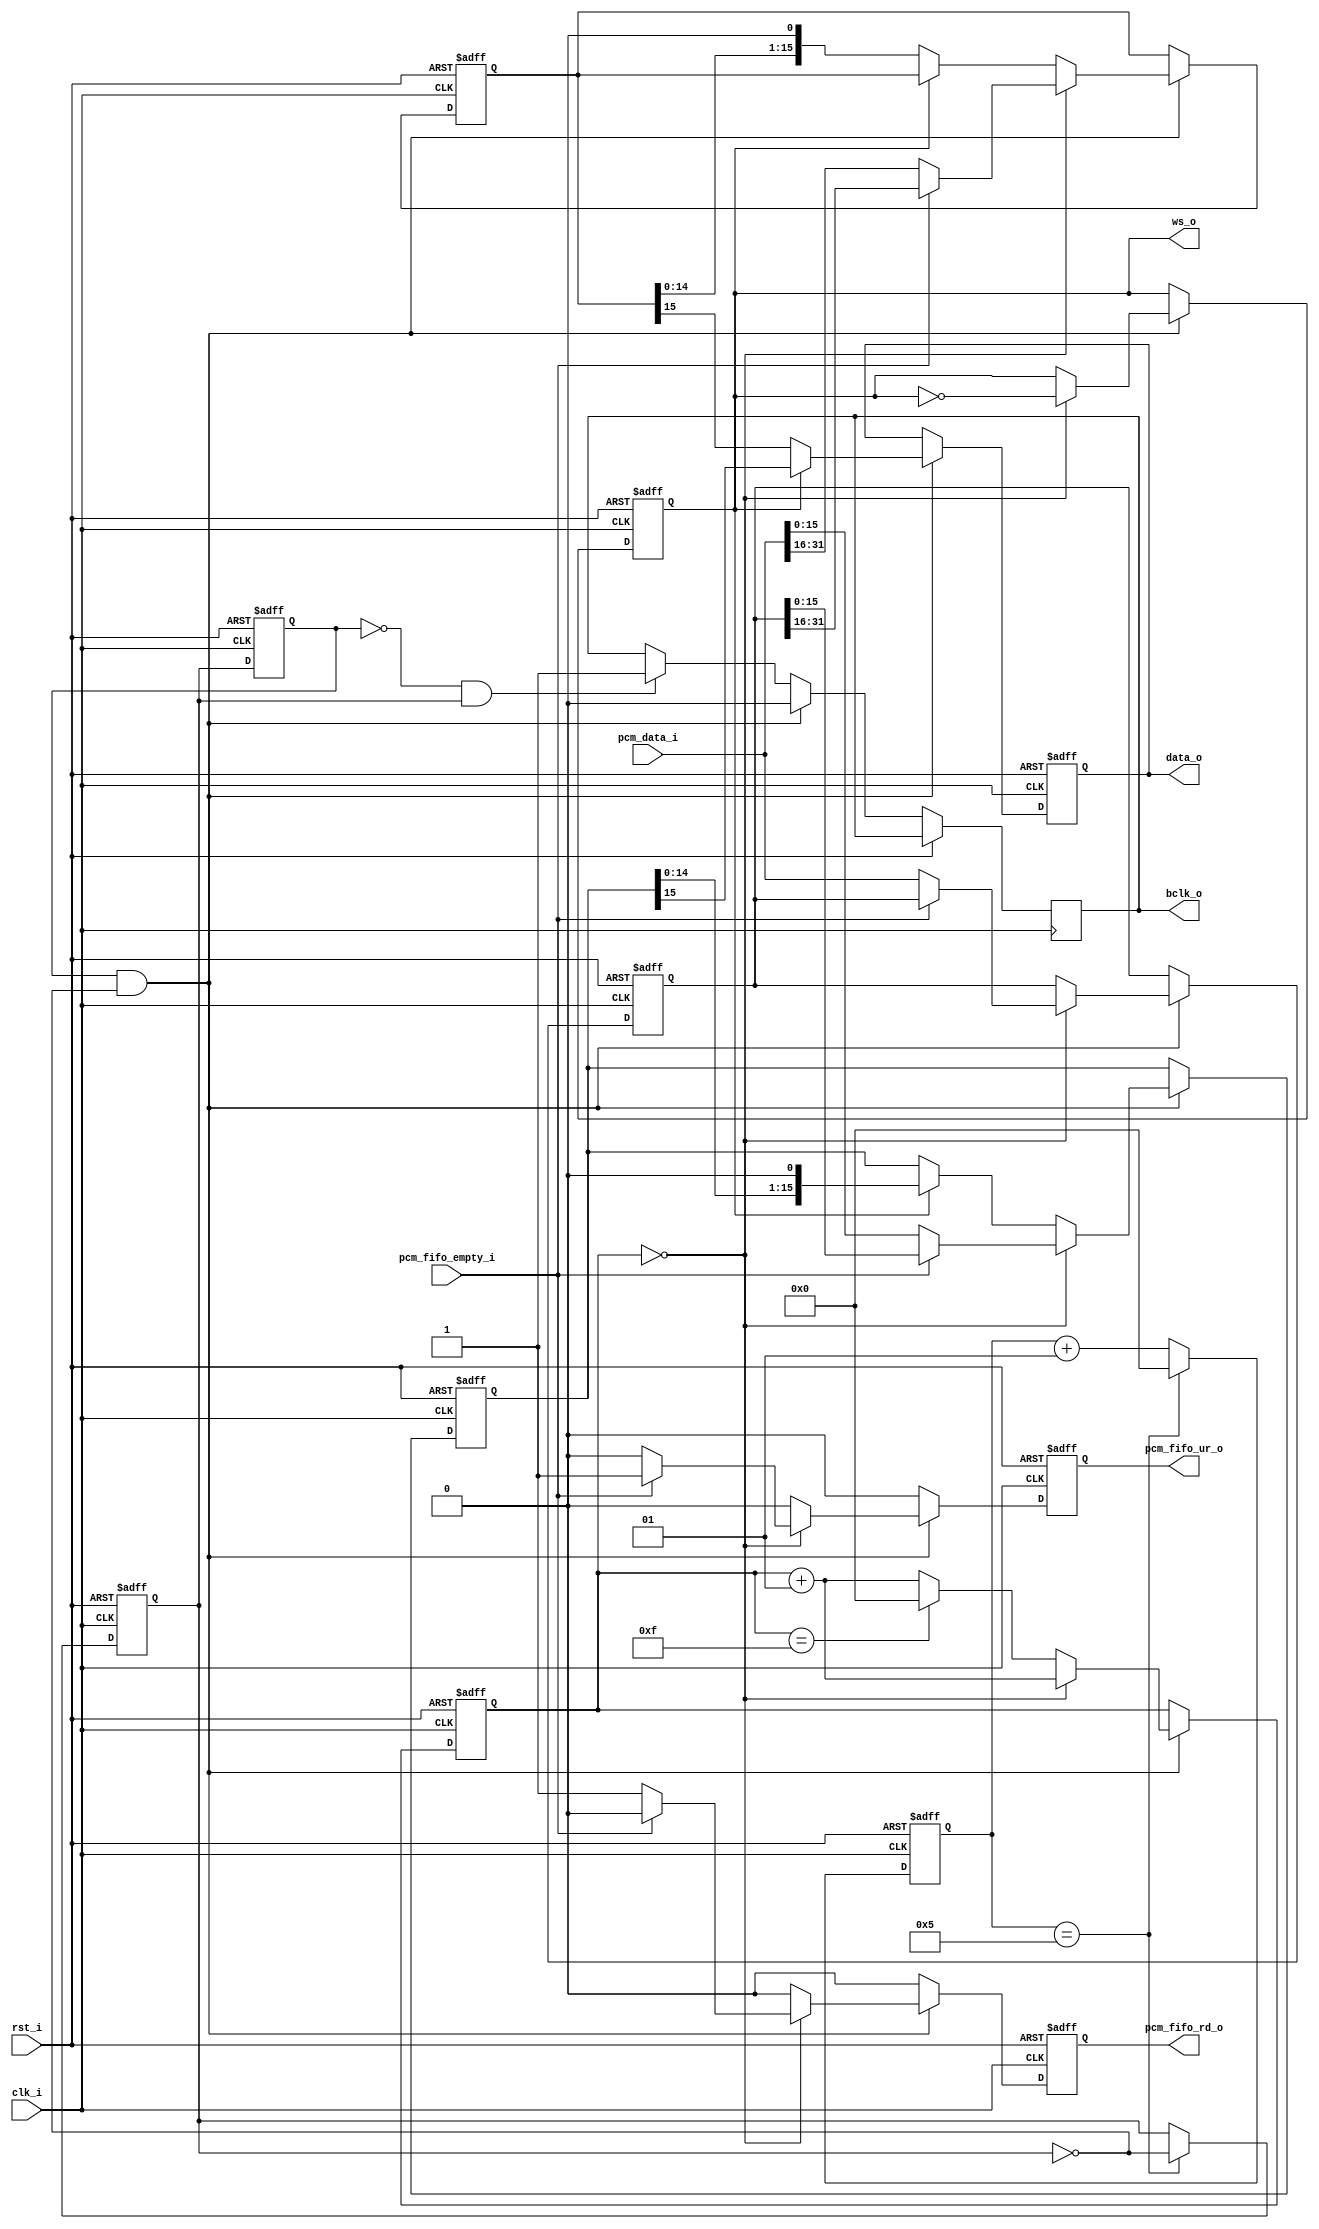
module i2s
(
    // Clock & Reset
    clk_i,
    rst_i,
    // PCM Data In (2x16-bit BE signed data)
    pcm_data_i,
    pcm_fifo_empty_i,
    pcm_fifo_rd_o,
    pcm_fifo_ur_o,
    // I2S DAC Interface
    bclk_o,
    ws_o,
    data_o
);

//-----------------------------------------------------------------
// Params
//-----------------------------------------------------------------
parameter       CLK_DIVISOR = 6;

//-----------------------------------------------------------------
// I/O
//-----------------------------------------------------------------   
input           clk_i /*verilator public*/;
input           rst_i /*verilator public*/;
input[31:0]     pcm_data_i /*verilator public*/;
input           pcm_fifo_empty_i /*verilator public*/;
output          pcm_fifo_rd_o /*verilator public*/;
output          pcm_fifo_ur_o /*verilator public*/;
output          bclk_o /*verilator public*/;
output          ws_o /*verilator public*/;
output          data_o /*verilator public*/;

//-----------------------------------------------------------------
// Registers
//-----------------------------------------------------------------

// Data clock (generated)
reg             audio_clock;
// Input clock divider (to generate audio_clock)
integer         audio_clock_div;
// Input clock divider (to generate audio_clock)
integer         bit_count;
// Word select
reg             word_sel;

// Registered audio input data
reg [15:0]      input_reg0;
reg [15:0]      input_reg1;

// Last sample
reg [31:0]      pcm_data_last;
reg             prev_audio_clock;

reg             pcm_fifo_rd_o;
reg             pcm_fifo_ur_o;
reg             bclk_o;
reg             data_o;

//-----------------------------------------------------------------
// Bit Clock Generator
//-----------------------------------------------------------------
always @(posedge clk_i or posedge rst_i) 
begin
    if (rst_i == 1'b1) 
    begin
        audio_clock_div <= 0;
        audio_clock     <= 1'b0;
    end 
    else 
    begin
        // Clock divider cycle_count matched?
        if (audio_clock_div == (CLK_DIVISOR - 1))
        begin
            // Toggle clock
            audio_clock     <= ~audio_clock;
            // Reset counter
            audio_clock_div <= 0;
        end
        // Increment clock divider counter
        else 
            audio_clock_div <= audio_clock_div + 1;
    end
end

//-----------------------------------------------------------------
// I2S Output Generator
//-----------------------------------------------------------------
always @(posedge clk_i or posedge rst_i) 
begin
    if (rst_i == 1'b1) 
    begin
        input_reg0      <= 16'h0000;
        input_reg1      <= 16'h0000;
        bit_count       <= 0;
        data_o          <= 1'b0;
        word_sel        <= 1'b0;
        prev_audio_clock<= 1'b0;
        pcm_fifo_rd_o   <= 1'b0;
        pcm_fifo_ur_o   <= 1'b0;
        pcm_data_last   <= 32'h00000000;
    end 
    else 
    begin
        pcm_fifo_rd_o   <= 1'b0;
        pcm_fifo_ur_o   <= 1'b0;
      
        // Update previous audio_clock value
        prev_audio_clock <= audio_clock;
        
        // CLK 1->0 - Falling Edge
        if ((prev_audio_clock == 1'b1) && (audio_clock == 1'b0)) 
        begin
            bclk_o <= 1'b0;
            
            // Cycle 0
            if (bit_count == 0) 
            begin
                // Output last bit (LSB)
                if (word_sel == 1'b0)
                    data_o <= input_reg0[15];
                // Output last bit (LSB)
                else 
                    data_o <= input_reg1[15];
                
                // Toggle ws_o
                word_sel <=  ~word_sel;
                
                // Increment cycle counter
                bit_count <= bit_count + 1;
                
                // Audio data ready?
                if (pcm_fifo_empty_i == 1'b0) 
                begin
                    // Convert to big endian 16-bit left & right
                    pcm_data_last   <= pcm_data_i;
                    input_reg0      <= pcm_data_i[31:16];
                    input_reg1      <= pcm_data_i[15:0];
                    pcm_fifo_rd_o   <= 1'b1;
                end
                // Audio data buffer under run condition
                else 
                begin
                    // Use previous data instead
                    input_reg0      <= pcm_data_last[31:16];
                    input_reg1      <= pcm_data_last[15:0];
                    pcm_fifo_ur_o   <= 1'b1;
                end
            // Cycle 1 - 15
            end
            else 
            begin
                if (word_sel == 1'b0) 
                begin
                    // Output MSB
                    data_o <= input_reg0[15];
                    
                    // Shift data right
                    input_reg0 <= {input_reg0[14:0], 1'b0};
                end
                else 
                begin
                    // Output MSB
                    data_o <= input_reg1[15];
                    
                    // Shift data right
                    input_reg1 <= {input_reg1[14:0], 1'b0};
                end
                
                if (bit_count == 15)
                    bit_count <= 0;
                else 
                    bit_count <= bit_count + 1;
            end
        end
        // CLK 0->1 - Rising Edge
        else if((prev_audio_clock == 1'b0) && (audio_clock == 1'b1)) 
            bclk_o <= 1'b1;
    end
end

//-----------------------------------------------------------------
// Combinatorial
//----------------------------------------------------------------- 
assign ws_o = word_sel;

endmodule